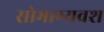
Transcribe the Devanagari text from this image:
सोभाग्यवश